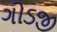
ગોડજી